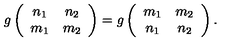
g \left( \begin{array} { c c } { n _ { 1 } } & { n _ { 2 } } \\ { m _ { 1 } } & { m _ { 2 } } \\ \end{array} \right) = g \left( \begin{array} { c c } { m _ { 1 } } & { m _ { 2 } } \\ { n _ { 1 } } & { n _ { 2 } } \\ \end{array} \right) .